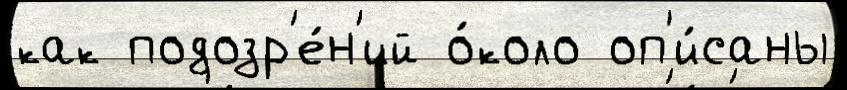
как подозр'е́н'ий о́коло оп'и́саны